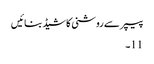
پیپر سے روشنی کا شیڈ بنائیں
11۔